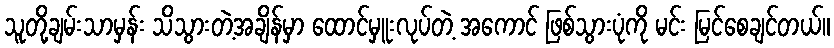
သူတို့ချမ်းသာမှန်း သိသွားတဲ့အချိန်မှာ ထောင်မှူးလုပ်တဲ့ အကောင် ဖြစ်သွားပုံကို မင်း မြင်စေချင်တယ်။